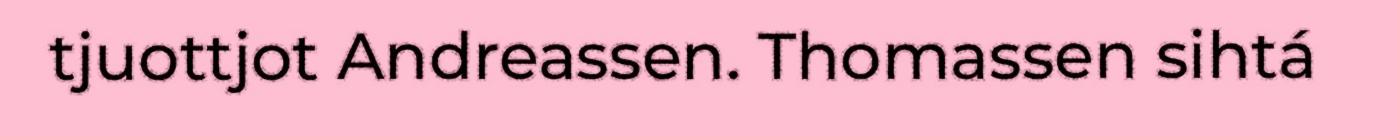
tjuottjot Andreassen. Thomassen sihtá